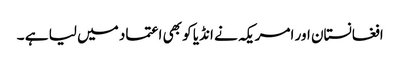
افغانستان اور امریکہ نے انڈیا کو بھی اعتماد میں لیا ہے ۔